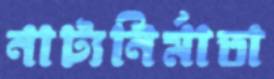
নাট্যনির্মাতা